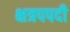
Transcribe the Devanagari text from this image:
क्षत्रपपदी